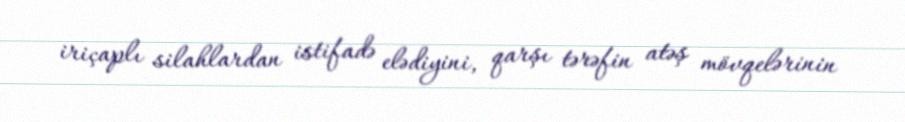
iriçaplı silahlardan istifadə elədiyini, qarşı tərəfin atəş mövqelərinin